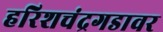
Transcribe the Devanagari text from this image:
हरिशचंद्रगडावर